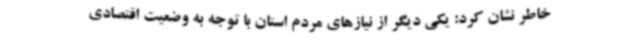
خاطر نشان کرد: یکی دیگر از نیازهای مردم استان با توجه به وضعیت اقتصادی